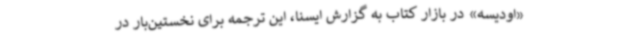
«اودیسه» در بازار کتاب به گزارش ایسنا، این ترجمه برای نخستین‌بار در